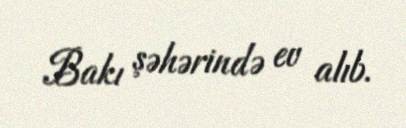
Bakı şəhərində ev alıb.